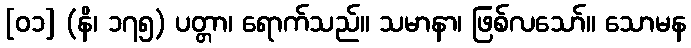
[၀၁] (နိ၊ ၁၇၅) ပတ္တာ၊ ရောက်သည်။ သမာနာ၊ ဖြစ်လသော်။ သောမန